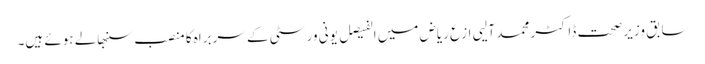
سابق وزیر صحت ڈاکٹر محمد آلیی ازع ریاض میں الفیصل یونی ورسٹی کے سربراہ کا منصب سنبھالے ہوئے ہیں۔